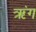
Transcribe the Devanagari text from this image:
ऋंग